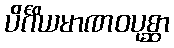
ပိင်္ဂိယမာဏဝပုစ္ဆာ